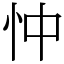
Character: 忡